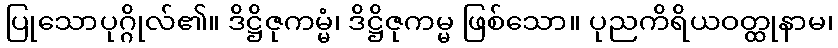
ပြုသောပုဂ္ဂိုလ်၏။ ဒိဋ္ဌိဇုကမ္မံ၊ ဒိဋ္ဌိဇုကမ္မ ဖြစ်သော။ ပုညကိရိယဝတ္ထုနာမ၊